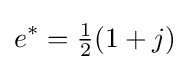
e^{*}={\tfrac {1}{2}}(1+j)